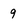
Character: 9